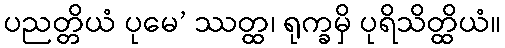
ပညတ္တိယံ ပုမေ’ ဿတ္ထ၊ ရုက္ခမှိ ပုရိသိတ္ထိယံ။